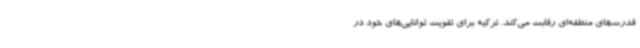
قدرت‌های منطقه‌ای رقابت می‌کند. ترکیه برای تقویت توانایی‌های خود در